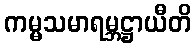
ကမ္မသမာရမ္ဘဋ္ဌာယီတိ